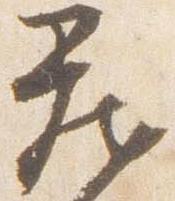
蔵